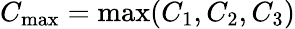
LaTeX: C_{\mathrm{max}}=\operatorname*{max}(C_{1},C_{2},C_{3})